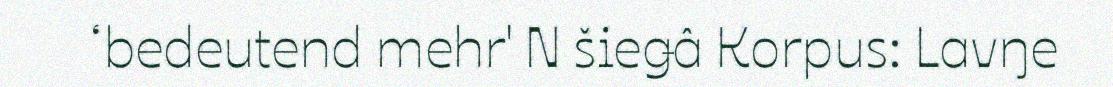
‘bedeutend mehr' N šieǥâ Korpus: Lavŋe